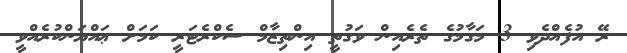
ރޭ އުފެއްދެވި 3 މަގާމުގެ ތެރެއިން ވަގުތީ އިންތިޒާމް ސެކްރެޓަރީ ކަމަށް ޢައްޔަންކުރެއްވީ